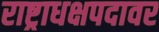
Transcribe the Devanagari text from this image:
राष्ट्राधक्षपदावर